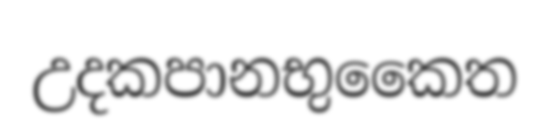
උදකපානභුකෛත